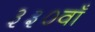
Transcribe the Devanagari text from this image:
३३०वाँ